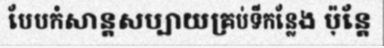
បែបកំសាន្តសប្បាយគ្រប់ទីកន្លែង ប៉ុន្តែ